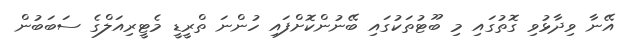
އޭނާ ވިދާޅުވި ގޮތުގައި މި ބޫޓުތަކުގައި ބޭނުންކޮށްފައި ހުންނަ ތްރީޑީ މެޓީރިއަލްގެ ސަބަބުން